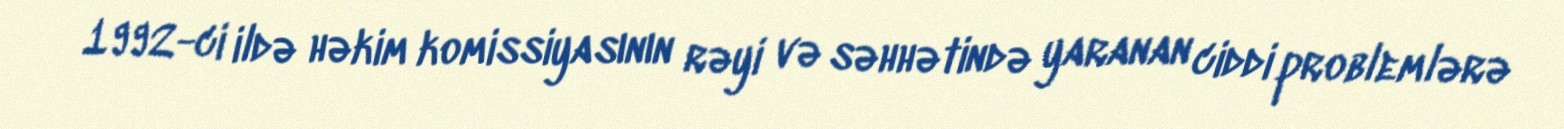
1992-ci ildə həkim komissiyasının rəyi və səhhətində yaranan ciddi problemlərə